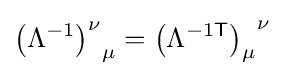
{\left(\Lambda ^{-1}\right)^{\nu }}_{\mu }={\left(\Lambda ^{-1{\mathsf {T}}}\right)_{\mu }}^{\nu }